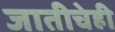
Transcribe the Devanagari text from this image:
जातीचेही